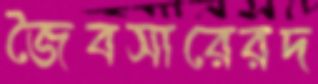
জৈবসারেরদ